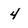
Character: 4